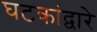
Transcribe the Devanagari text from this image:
घटकांद्वारे